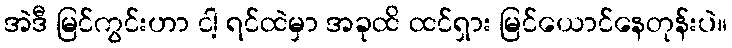
အဲဒီ မြင်ကွင်းဟာ ငါ့ ရင်ထဲမှာ အခုထိ ထင်ရှား မြင်ယောင်နေတုန်းပဲ။